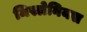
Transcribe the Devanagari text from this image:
मिस्लेनियस